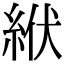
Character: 絥